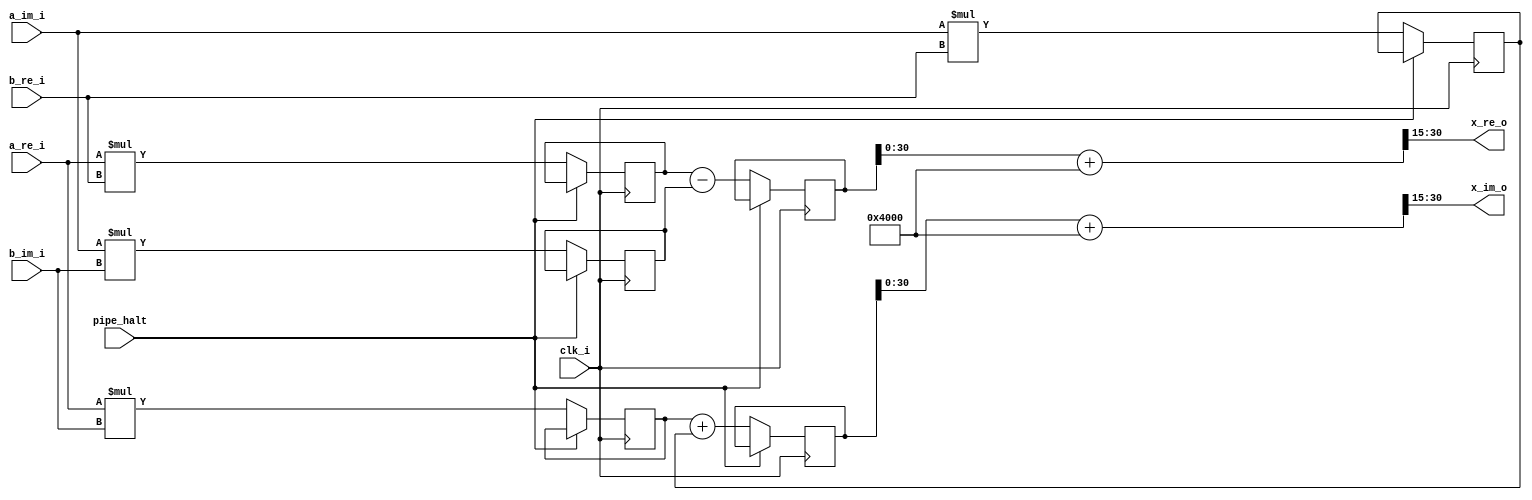
module bel_cmul (
        clk_i,
        pipe_halt,
        a_re_i,
        a_im_i,
        b_re_i,
        b_im_i,
        x_re_o,
        x_im_o);

    parameter word_width = 16;

    input clk_i;
    input pipe_halt;
    input signed [word_width - 1:0] a_re_i;
    input signed [word_width - 1:0] a_im_i;
    input signed [word_width - 1:0] b_re_i;
    input signed [word_width - 1:0] b_im_i;
    output signed [word_width - 1:0] x_re_o;
    output signed [word_width - 1:0] x_im_o;

    reg signed [word_width * 2 - 1:0] scratch0;
    reg signed [word_width * 2 - 1:0] scratch1;
    reg signed [word_width * 2 - 1:0] scratch2;
    reg signed [word_width * 2 - 1:0] scratch3;
    wire signed [word_width * 2 - 1:0] scratch4;
    reg signed [word_width * 2 - 1:0] scratch5;
    reg signed [word_width * 2 - 1:0] scratch6;

    wire signed [word_width * 2 - 1:0] x_re;
    wire signed [word_width * 2 - 1:0] x_im;


    always @ (posedge clk_i) begin
        if (~pipe_halt) begin
            scratch0 <= a_re_i * b_re_i;
            scratch1 <= a_re_i * b_im_i;
            scratch2 <= a_im_i * b_re_i;
            scratch3 <= a_im_i * b_im_i;
            scratch5 <= scratch0 - scratch3;
            scratch6 <= scratch1 + scratch2;
        end
    end


    assign scratch4 = 1 << (word_width - 2);

    assign x_re = (scratch5 + scratch4) >>> (word_width - 1);
    assign x_im = (scratch6 + scratch4) >>> (word_width - 1);
   
    assign x_re_o = x_re[word_width - 1:0];
    assign x_im_o = x_im[word_width - 1:0];
    
endmodule